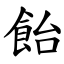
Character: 飴